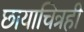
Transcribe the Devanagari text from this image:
छायाचित्रही